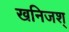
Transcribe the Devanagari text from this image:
खनिजश्